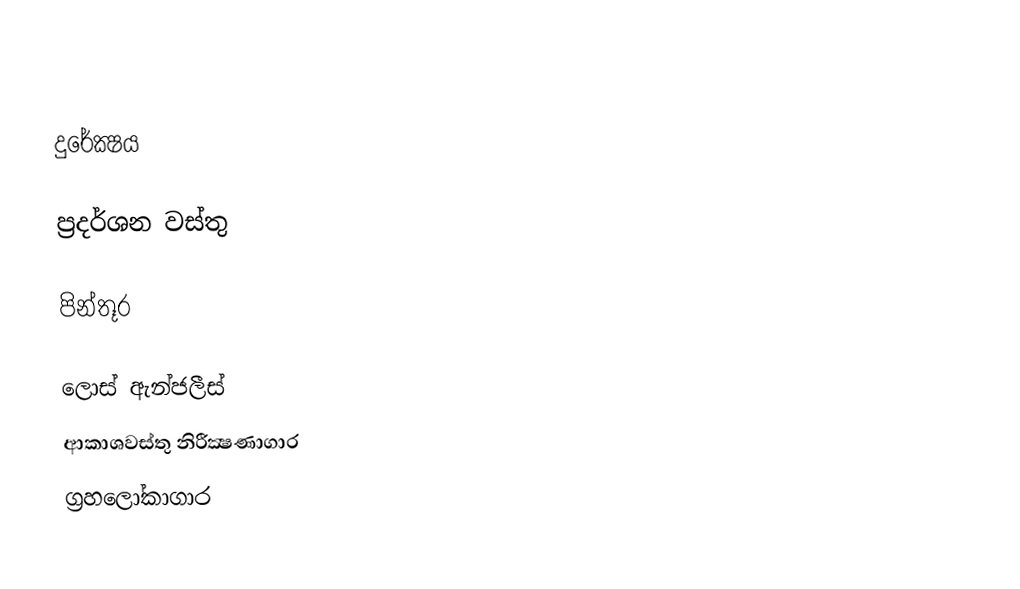

දුරේක්‍ෂය

ප්‍රදර්ශන වස්තු

පින්තූර

ලොස් ඇන්ජලීස්
ආකාශවස්තු නිරීක්‍ෂණාගාර
ග්‍රහලෝකාගාර